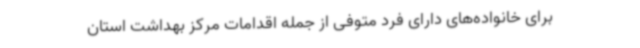
برای خانواده‌های دارای فرد متوفی از جمله اقدامات مرکز بهداشت استان